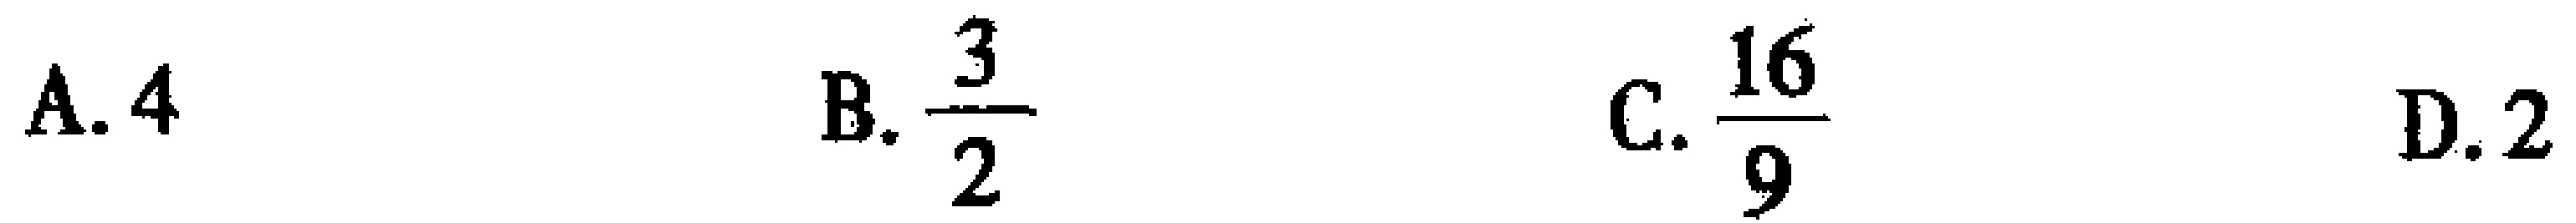
A. \(4\)  B. \(\frac{3}{2}\)  C. \(\frac{16}{9}\)  D. \(2\)